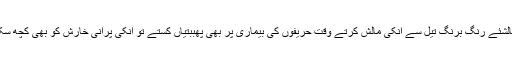
اب ان کے مالشئے رنگ برنگ تیل سے انکی مالش کرتے وقت حریفوں کی بیماری پر بھی پھببتیاں کستے تو انکی پرانی خارش کو بھی کچھ سکون میسر آتا۔